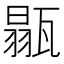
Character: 𤭼